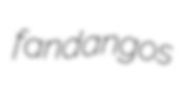
fandangos